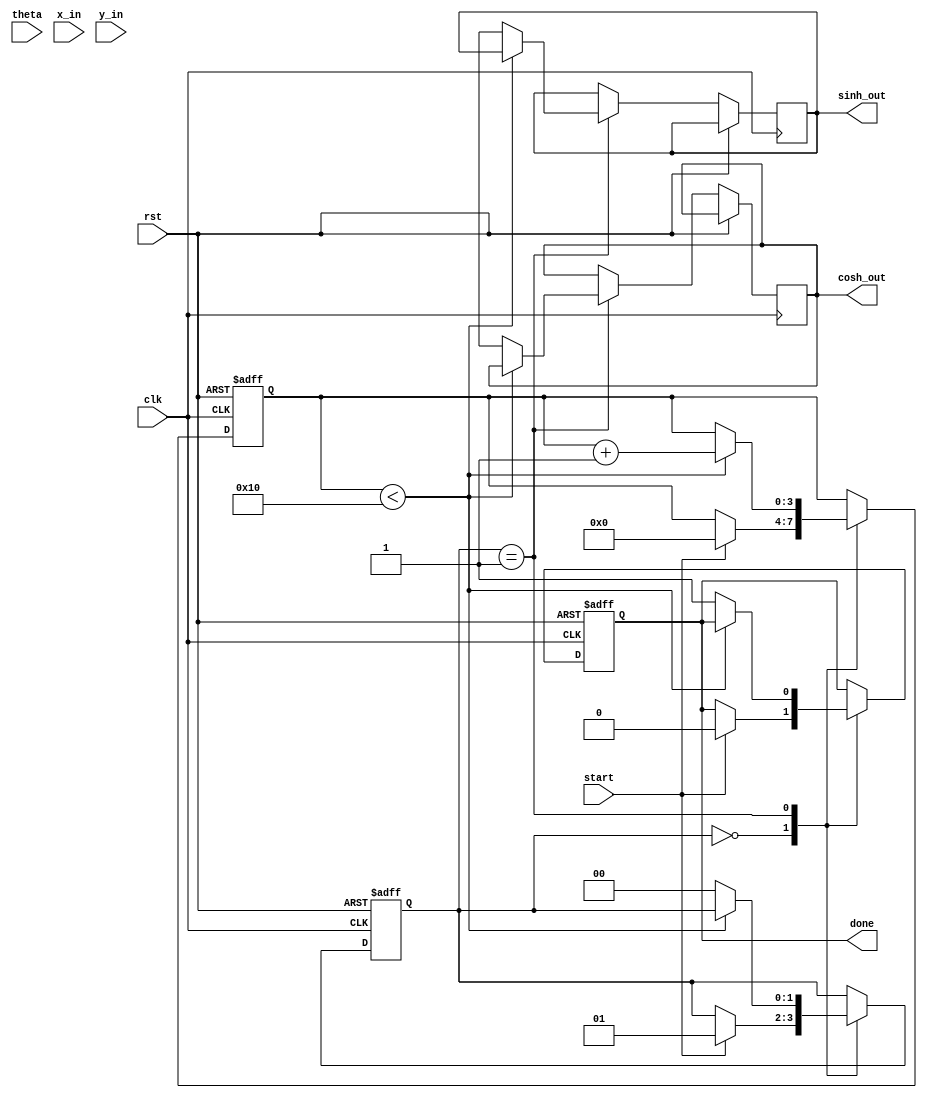
module hyperbolic_cordic (
    input wire clk,
    input wire rst,
    input wire start,
    input wire signed [15:0] theta, // Input angle in fixed-point representation
    input wire signed [15:0] x_in,   // Initial x vector
    input wire signed [15:0] y_in,   // Initial y vector
    output reg signed [15:0] sinh_out, // Output for sinh
    output reg signed [15:0] cosh_out, // Output for cosh
    output reg done
);

    // Parameters
    parameter NUM_ITERATIONS = 16; // Number of iterations for CORDIC
    parameter FIXED_POINT_FRACTIONAL_BITS = 15; // Number of fractional bits

    // Internal signals
    reg signed [15:0] x [0:NUM_ITERATIONS-1]; // x values for each iteration
    reg signed [15:0] y [0:NUM_ITERATIONS-1]; // y values for each iteration
    reg signed [15:0] z [0:NUM_ITERATIONS-1]; // angle values for each iteration
    reg [3:0] iteration; // Current iteration counter
    reg [1:0] state; // State machine for control

    // Scaling factor (precomputed for hyperbolic CORDIC)
    reg signed [15:0] scaling_factor [0:NUM_ITERATIONS-1];

    // Initialize scaling factors (example values, should be precomputed)
    initial begin
        scaling_factor[0] = 16'h1; // 1.0
        scaling_factor[1] = 16'h1; // 1.0
        // Fill in the rest of the scaling factors...
    end

    // State machine
    always @(posedge clk or posedge rst) begin
        if (rst) begin
            iteration <= 0;
            state <= 0;
            done <= 0;
        end else begin
            case (state)
                0: begin // Idle state
                    if (start) begin
                        x[0] <= x_in;
                        y[0] <= y_in;
                        z[0] <= theta;
                        iteration <= 0;
                        state <= 1; // Move to processing state
                        done <= 0;
                    end
                end
                1: begin // Processing state
                    if (iteration < NUM_ITERATIONS) begin
                        // CORDIC rotation logic
                        if (z[iteration] < 0) begin
                            x[iteration + 1] <= x[iteration] - (y[iteration] >>> iteration);
                            y[iteration + 1] <= y[iteration] + (x[iteration] >>> iteration);
                            z[iteration + 1] <= z[iteration] + (atanh_lookup(iteration)); // Update angle
                        end else begin
                            x[iteration + 1] <= x[iteration] + (y[iteration] >>> iteration);
                            y[iteration + 1] <= y[iteration] - (x[iteration] >>> iteration);
                            z[iteration + 1] <= z[iteration] - (atanh_lookup(iteration)); // Update angle
                        end
                        iteration <= iteration + 1;
                    end else begin
                        // Final output
                        sinh_out <= y[NUM_ITERATIONS];
                        cosh_out <= x[NUM_ITERATIONS];
                        done <= 1;
                        state <= 0; // Go back to idle
                    end
                end
            endcase
        end
    end

    // Lookup table for atanh values (example values)
    function signed [15:0] atanh_lookup(input integer index);
        case (index)
            0: atanh_lookup = 16'h1; // Example value for atanh(1)
            1: atanh_lookup = 16'h1; // Example value for atanh(2)
            // Fill in the rest of the lookup values...
            default: atanh_lookup = 16'h0; // Default case
        endcase
    endfunction

endmodule